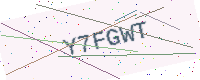
Text: Y7FGWT